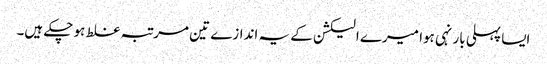
ایسا پہلی بار نہی ہوا میرے الیکشن کے یہ اندازے تین مرتبہ غلط ہو چکے ہیں۔